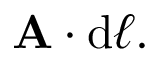
\mathbf { A } \cdot \mathrm { { d } } { \boldsymbol { \ell } } .